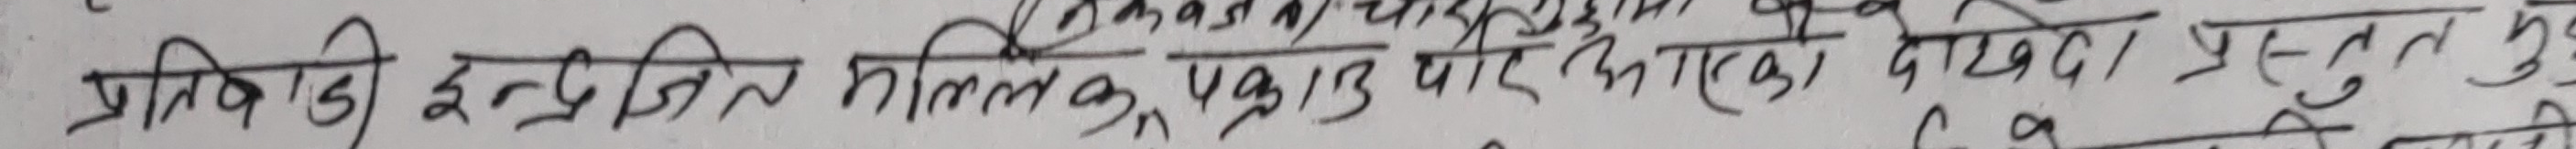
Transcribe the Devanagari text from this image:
प्रतिबिम्बी इन्द्रजित मनुष्य प्रकाण्ड पौरुष एका देखिदा। प्रस्तुत मुख्य